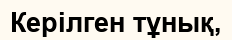
Керілген тұнық,